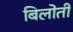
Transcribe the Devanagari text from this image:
बिलोती